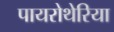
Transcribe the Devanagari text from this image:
पायरोथेरिया